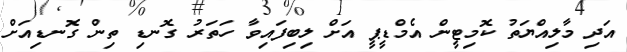
އަދި މާލިއްޔަތު ކޮމިޓީން އެމްޑީޕީ އަށް ލިބިފައިވާ ހަތަރު ގޮނޑި ތިން ގޮނޑިއަށް